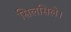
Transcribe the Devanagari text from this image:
सिलसिले।